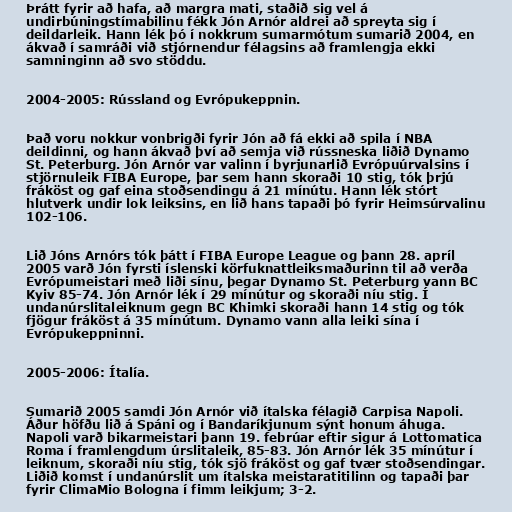
Þrátt fyrir að hafa, að margra mati, staðið sig vel á
undirbúningstímabilinu fékk Jón Arnór aldrei að spreyta sig í
deildarleik. Hann lék þó í nokkrum sumarmótum sumarið 2004, en
ákvað í samráði við stjórnendur félagsins að framlengja ekki
samninginn að svo stöddu.

2004-2005: Rússland og Evrópukeppnin.

Það voru nokkur vonbrigði fyrir Jón að fá ekki að spila í NBA
deildinni, og hann ákvað því að semja við rússneska liðið Dynamo
St. Peterburg. Jón Arnór var valinn í byrjunarlið Evrópuúrvalsins í
stjörnuleik FIBA Europe, þar sem hann skoraði 10 stig, tók þrjú
fráköst og gaf eina stoðsendingu á 21 mínútu. Hann lék stórt
hlutverk undir lok leiksins, en lið hans tapaði þó fyrir Heimsúrvalinu
102-106.

Lið Jóns Arnórs tók þátt í FIBA Europe League og þann 28. apríl
2005 varð Jón fyrsti íslenski körfuknattleiksmaðurinn til að verða
Evrópumeistari með liði sínu, þegar Dynamo St. Peterburg vann BC
Kyiv 85-74. Jón Arnór lék í 29 mínútur og skoraði níu stig. Í
undanúrslitaleiknum gegn BC Khimki skoraði hann 14 stig og tók
fjögur fráköst á 35 mínútum. Dynamo vann alla leiki sína í
Evrópukeppninni.

2005-2006: Ítalía.

Sumarið 2005 samdi Jón Arnór við ítalska félagið Carpisa Napoli.
Áður höfðu lið á Spáni og í Bandaríkjunum sýnt honum áhuga.
Napoli varð bikarmeistari þann 19. febrúar eftir sigur á Lottomatica
Roma í framlengdum úrslitaleik, 85-83. Jón Arnór lék 35 mínútur í
leiknum, skoraði níu stig, tók sjö fráköst og gaf tvær stoðsendingar.
Liðið komst í undanúrslit um ítalska meistaratitilinn og tapaði þar
fyrir ClimaMio Bologna í fimm leikjum; 3-2.